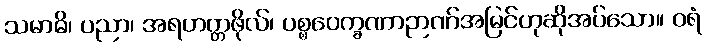
သမာဓိ၊ ပညာ၊ အရဟတ္တဖိုလ်၊ ပစ္စဝေက္ခဏာဉာဏ်အမြင်ဟုဆိုအပ်သော။ ဝရံ